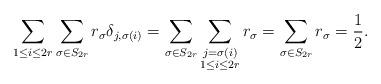
LaTeX: \begin{align*}\sum_{1 \leq i \leq 2r} \sum_{\sigma \in S_{2r}} r_\sigma\delta_{j,\sigma{(i)}} = \sum_{\sigma \in S_{2r}}\sum_{\substack{j=\sigma{(i)}\\1 \leq i \leq 2r}} r_\sigma = \sum_{\sigma \in S_{2r}} r_\sigma =\frac{1}{2}.\end{align*}